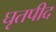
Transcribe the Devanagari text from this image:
घृतपीद